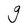
Character: g